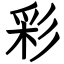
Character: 彩